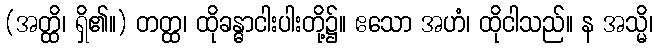
(အတ္ထိ၊ ရှိ၏။) တတ္ထ၊ ထိုခန္ဓာငါးပါးတို့၌။ ဧသော အဟံ၊ ထိုငါသည်။ န အသ္မိ၊